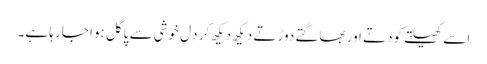
اسے کھیلتے کودتے اور بھاگتے دوڑتے دیکھ دیکھ کر دِل خوشی سے پاگل ہوا جا رہا ہے۔